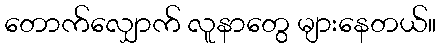
တောက်လျှောက် လူနာတွေ များနေတယ်။